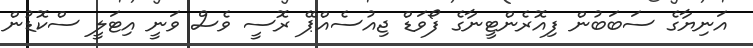
އަނިޔާގެ ސަބަބުން ފިއޮރެންޓީނާގެ ފޯވަޑް ޖިއުސެއްޕޭ ރޮސީ ވެސް ވަނީ އިޓަލީ ސްކޮޑުން